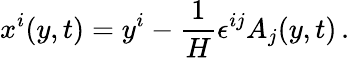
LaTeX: x^{i}(y,t)=y^{i}-\frac{1}{H}\epsilon^{ij}A_{j}(y,t)\, .